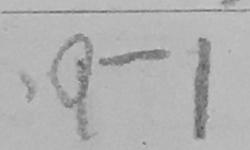
\cdot 9 - 1